Papers set at the Examination for Leaving Certificates, 1894
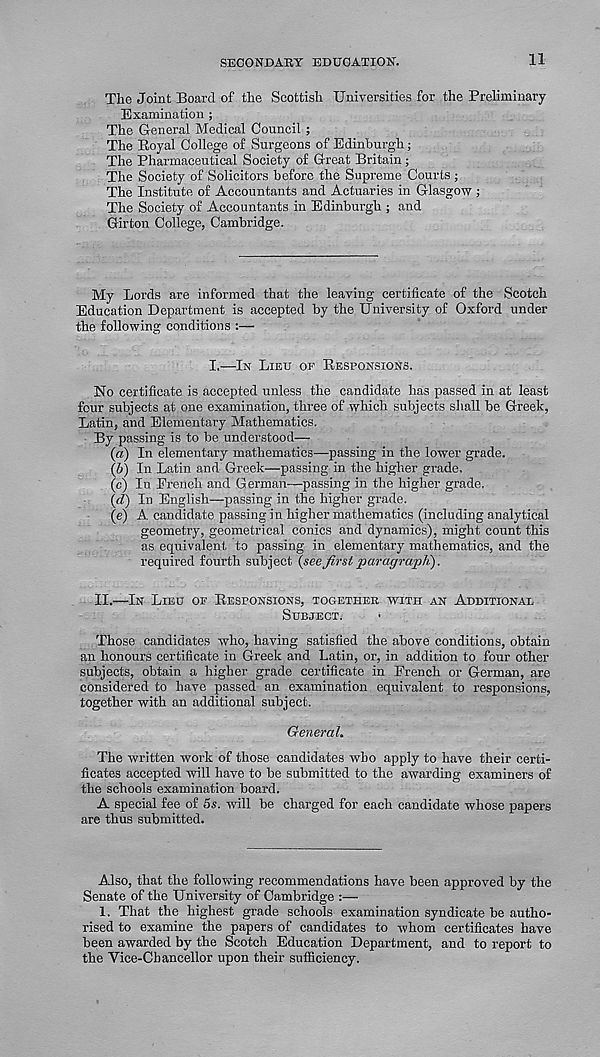
SECONDARY EDUCATION.
11
The Joint Board of the Scottish Universities for the Preliminary
Examination ;
The General Medical Council ;
The Royal College of Surgeons of Edinburgh;
The Pharmaceutical Society of Great Britain •
The Society of Solicitors before the Supreme Courts ;
The Institute of Accountants and Actuaries in Glasgow ;
The Society of Accountants in Edinburgh ; and
Girton College, Cambridge.
My Lords are informed that the leaving certificate of the Scotch
Education Department is accepted by the University of Oxford under
the following conditions :—
I.—IN LIEU OP RESPONSIONS.
No certificate is accepted unless the candidate has passed in at least
four subjects at one examination, three of which subjects shall be Greek,
Latin, and Elementary Mathematics.
By passing is to be understood—
(a) In elementary mathematics—passing in the lower grade.
(b) In Latin and Greek—passing in the higher grade.
(c) In French and German—passing in the higher grade.
(d) In English—passing in the higher grade.
(e) A candidate passing in higher mathematics (including analytical
geometry, geometrical conics and dynamics), might count this
as equivalent to passing in elementary mathematics, and the
required fourth subject (seefirst paragrapK).
II.—IN LIEU OP RESPONSIONS, TOGETHER WITH AN ADDITIONAL
SUBJECT.
Those candidates who, having satisfied the above conditions, obtain
an honours certificate in Greek and Latin, or, in addition to four other
subjects, obtain a higher grade certificate in French or German, are
considered to have passed an examination equivalent to responsions,
together with an additional subject.
General.
The written work of those candidates who apply to have their certi-
ficates accepted will have to be submitted to the awarding examiners of
the schools examination board.
A special fee of 5s. will be charged for each candidate whose papers
are thus submitted.
Also, that the following recommendations have been approved by the
Senate of the University of Cambridge
1. That the highest grade schools examination syndicate be autho-
rised to examine the papers of candidates to whom certificates have
been awarded by the Scotch Education Department, and to report to
the Vice-Chancellor upon their sufficiency.